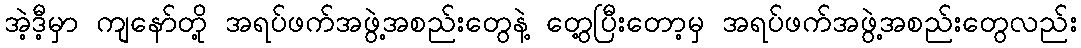
အဲ့ဒီ့မှာ ကျနော်တို့ အရပ်ဖက်အဖွဲ့အစည်းတွေနဲ့ တွေ့ပြီးတော့မှ အရပ်ဖက်အဖွဲ့အစည်းတွေလည်း